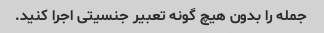
جمله را بدون هیچ گونه تعبیر جنسیتی اجرا کنید.